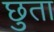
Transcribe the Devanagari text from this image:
छुता